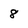
Character: 8